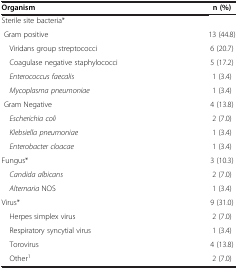
<table><thead><tr><td><b>Organism</b></td><td><b>n (%)</b></td></tr></thead><tbody><tr><td>Sterile site bacteria*</td><td> </td></tr><tr><td> Gram positive</td><td>13 (44.8)</td></tr><tr><td> Viridans group streptococci</td><td>6 (20.7)</td></tr><tr><td> Coagulase negative staphylococci</td><td>5 (17.2)</td></tr><tr><td> <i>Enterococcus faecalis</i></td><td>1 (3.4)</td></tr><tr><td> <i>Mycoplasma pneumoniae</i></td><td>1 (3.4)</td></tr><tr><td> Gram Negative</td><td>4 (13.8)</td></tr><tr><td> <i>Escherichia coli</i></td><td>2 (7.0)</td></tr><tr><td> <i>Klebsiella pneumoniae</i></td><td>1 (3.4)</td></tr><tr><td> <i>Enterobacter cloacae</i></td><td>1 (3.4)</td></tr><tr><td>Fungus*</td><td>3 (10.3)</td></tr><tr><td> <i>Candida albicans</i></td><td>2 (7.0)</td></tr><tr><td> <i>Alternaria</i> NOS</td><td>1 (3.4)</td></tr><tr><td>Virus*</td><td>9 (31.0)</td></tr><tr><td> Herpes simplex virus</td><td>2 (7.0)</td></tr><tr><td> Respiratory syncytial virus</td><td>1 (3.4)</td></tr><tr><td> Torovirus</td><td>4 (13.8)</td></tr><tr><td> Other<sup>1</sup></td><td>2 (7.0)</td></tr></tbody></table>